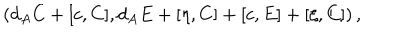
\left( d _ { A } C + [ c , C ] , d _ { A } E + [ \eta , C ] + [ c , E ] + [ \xi , C ] \right) ,